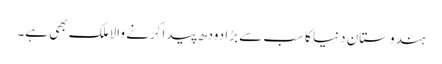
ہندوستان دنیا کا سب سے بڑا دودھ پیدا کرنے والا ملک بھی ہے۔